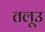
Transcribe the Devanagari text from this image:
तलूउ